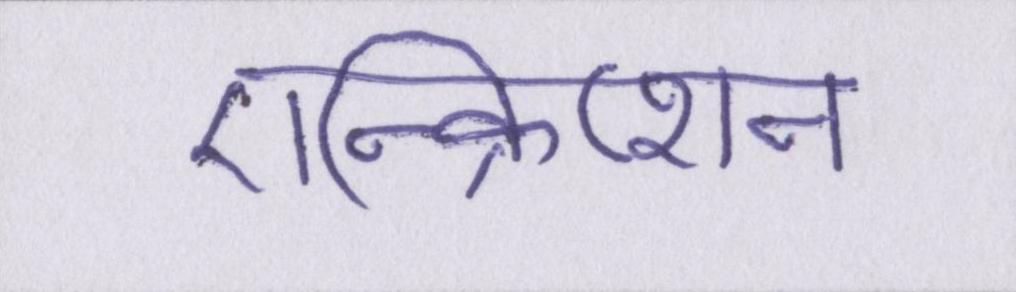
एन्क्रिप्शन